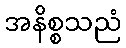
အနိစ္စသညံ